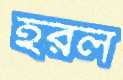
হরল